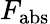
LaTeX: F_{\mathrm{abs}}